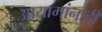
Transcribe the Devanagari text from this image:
आयामांनाही